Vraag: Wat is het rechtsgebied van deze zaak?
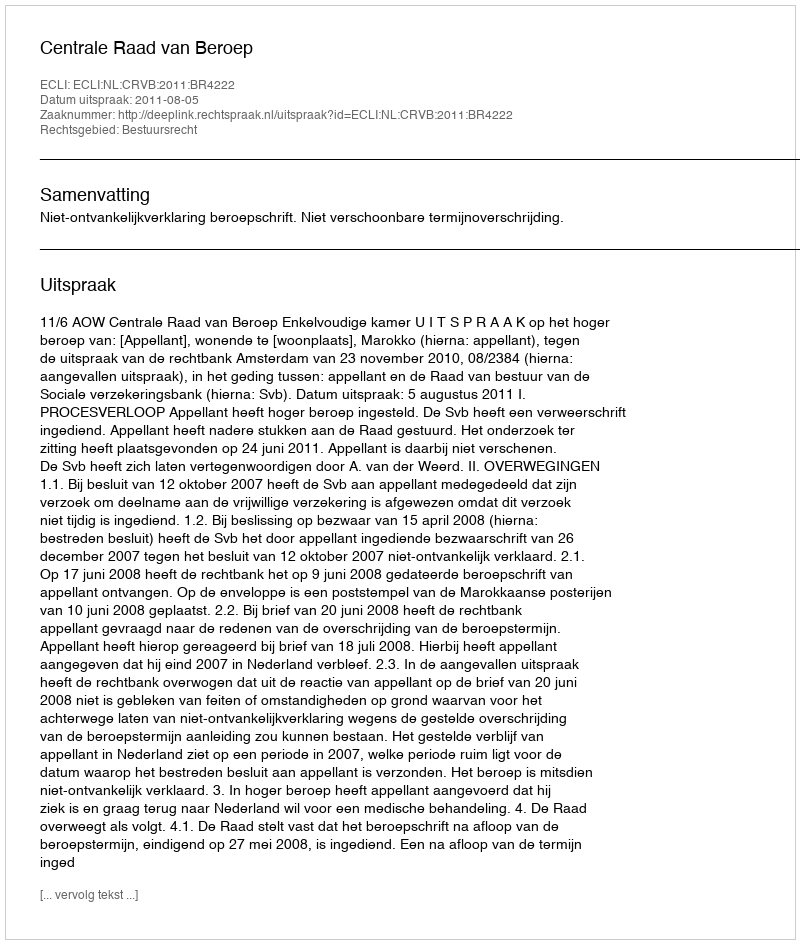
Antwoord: Bestuursrecht